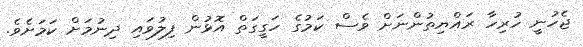
ޖެހުނީ ހުރިހާ ރައްޔިތުންނަށް ވެސް ކަމުގެ ހަގީގަތް އޮޅުން ފިލުވައި ދިނުމަށް ކަމަށެވެ.